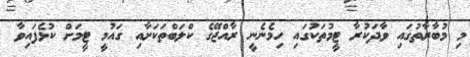
މި މުބާރާތުގައި ވާދަކުރާ ޓީމުތަކުގައި ހިމެނެނީ ރާއްޖޭގެ ކްލަބްތަކަށާއި ގައުމީ ޓީމަށް ކުޅެފައިވާ